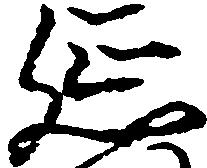
延